Annual statistical returns and brief notes on vaccination in Bengal - 1909-1929
Year: 1909
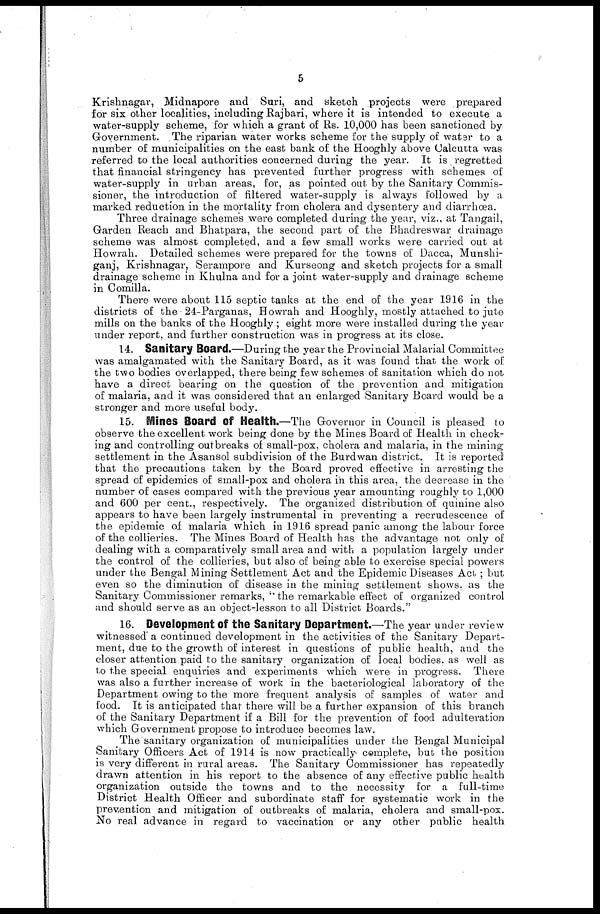
5
Krishnagar, Midnapore and Suri, and sketch projects were prepared
for six other localities, including Rajbari, where it is intended to execute a
water-supply scheme, for which a grant of Rs. 10,000 has been sanctioned by
Government. The riparian water works scheme for the supply of water to a
number of municipalities on the east bank of the Hooghly above Calcutta was
referred to the local authorities concerned during the year. It is regretted
that financial stringency has prevented further progress with schemes of
water-supply in urban areas, for, as pointed out by the Sanitary Commis-
sioner, the introduction of filtered water-supply is always followed by a
marked reduction in the mortality from cholera and dysentery and diarrhœa.
Three drainage schemes were completed during the year, viz., at Tangail,
Garden Reach and Bhatpara, the second part of the Bhadreswar drainage
scheme was almost completed, and a few small works were carried out at
Howrah. Detailed schemes were prepared for the towns of Dacca, Munshi-
ganj, Krishnagar, Serampore and Kurseong and sketch projects for a small
drainage scheme in Khulna and for a joint water-supply and drainage scheme
in Comilla.
There were about 115 septic tanks at the end of the year 1916 in the
districts of the 24-Parganas, Howrah and Hooghly, mostly attached to jute
mills on the banks of the Hooghly ; eight more were installed during the year
under report, and further construction was in progress at its close.
14. Sanitary Board.—During the year the Provincial Malarial Committee
was amalgamated with the Sanitary Board, as it was found that the work of
the two bodies overlapped, there being few schemes of sanitation which do not
have a direct bearing on the question of the prevention and mitigation
of malaria, and it was considered that an enlarged Sanitary Board would be a
stronger and more useful body.
15. Mines Board of Health.—The Governor in Council is pleased to
observe the excellent work being done by the Mines Board of Health in check-
ing and controlling outbreaks of small-pox, cholera and malaria, in the mining
settlement in the Asansol subdivision of the Burdwan district. It is reported
that the precautions taken by the Board proved effective in arresting the
spread of epidemics of small-pox and cholera in this area, the decrease in the
number of cases compared with the previous year amounting roughly to 1,000
and 600 per cent., respectively. The organized distribution of quinine also
appears to have been largely instrumental in preventing a recrudescence of
the epidemic of malaria which in 1916 spread panic among the labour force
of the collieries. The Mines Board of Health has the advantage not only of
dealing with a comparatively small area and with a population largely under
the control of the collieries, but also of being able to exercise special powers
under the Bengal Mining Settlement Act and the Epidemic Diseases Act ; but
even so the diminution of disease in the mining settlement shows, as the
Sanitary Commissioner remarks, '' the remarkable effect of organized control
and should serve as an object-lesson to all District Boards."
16. Development of the Sanitary Department.—The year under review
witnessed a continued development in the activities of the Sanitary Depart-
ment, due to the growth of interest in questions of public health, and the
closer attention paid to the sanitary organization of local bodies, as well as
to the special enquiries and experiments which were in progress. There
was also a further increase of work in the bacteriological laboratory of the
Department owing to the more frequent analysis of samples of water and
food. It is anticipated that there will be a further expansion of this branch
of the Sanitary Department if a Bill for the prevention of food adulteration
which Government propose to introduce becomes law.
The sanitary organization of municipalities under the Bengal Municipal
Sanitary Officers Act of 1914 is now practically complete, but the position
is very different in rural areas. The Sanitary Commissioner has repeatedly
drawn attention in his report to the absence of any effective public health
organization outside the towns and to the necessity for a full-time
District Health Officer and subordinate staff for systematic work in the
prevention and mitigation of outbreaks of malaria, cholera and small-pox.
No real advance in regard to vaccination or any other public health